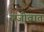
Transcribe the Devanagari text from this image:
सजीवात